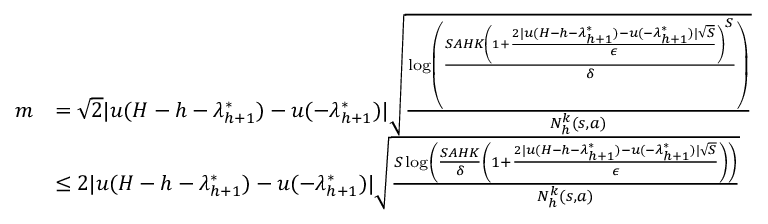
\begin{array} { r l } { m } & { = \sqrt { 2 } \vert u ( H - h - \lambda _ { h + 1 } ^ { * } ) - u ( - \lambda _ { h + 1 } ^ { * } ) \vert \sqrt { \frac { \log \left( \frac { S A H K \left( 1 + \frac { 2 \vert u ( H - h - \lambda _ { h + 1 } ^ { * } ) - u ( - \lambda _ { h + 1 } ^ { * } ) \vert \sqrt { S } } { \epsilon } \right) ^ { S } } { \delta } \right) } { N _ { h } ^ { k } ( s , a ) } } } \\ & { \leq 2 \vert u ( H - h - \lambda _ { h + 1 } ^ { * } ) - u ( - \lambda _ { h + 1 } ^ { * } ) \vert \sqrt { \frac { S \log \left( \frac { S A H K } { \delta } \left( 1 + \frac { 2 \vert u ( H - h - \lambda _ { h + 1 } ^ { * } ) - u ( - \lambda _ { h + 1 } ^ { * } ) \vert \sqrt { S } } { \epsilon } \right) \right) } { N _ { h } ^ { k } ( s , a ) } } } \end{array}